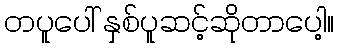
တပူပေါ် နှစ်ပူဆင့်ဆိုတာပေါ့။